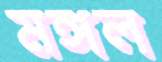
মঙ্গল